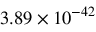
3 . 8 9 \times 1 0 ^ { - 4 2 }